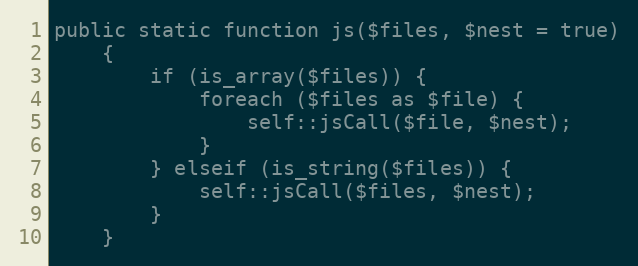
Language: PHP
public static function js($files, $nest = true)
    {
        if (is_array($files)) {
            foreach ($files as $file) {
                self::jsCall($file, $nest);
            }
        } elseif (is_string($files)) {
            self::jsCall($files, $nest);
        }
    }